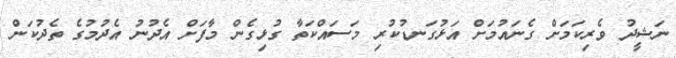
ނަޝީދު ވެރިކަމަށް ގެނައުމަށް އަޅުގަނޑުކުރި މަސައްކަތާ ގުޅިގެން މާފަށް އެދުނު އެދުމުގެ ތެދުކަން